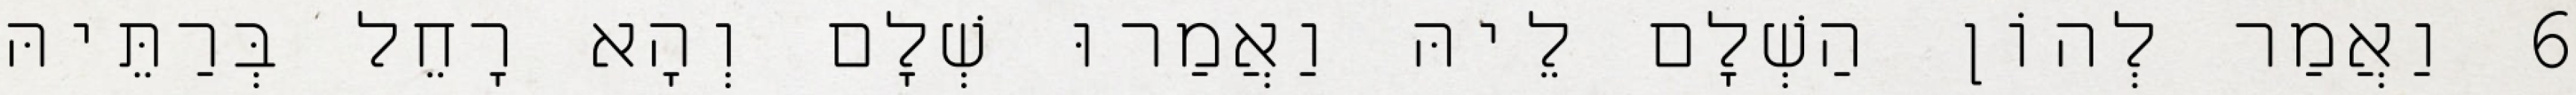
6 וַאֲמַר לְהוֹן הַשְׁלָם לֵיהּ וַאֲמַרוּ שְׁלָם וְהָא רָחֵל בְּרַתֵּיהּ